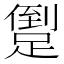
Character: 𨃫